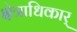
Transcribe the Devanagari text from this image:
क्षेत्राधिकार्